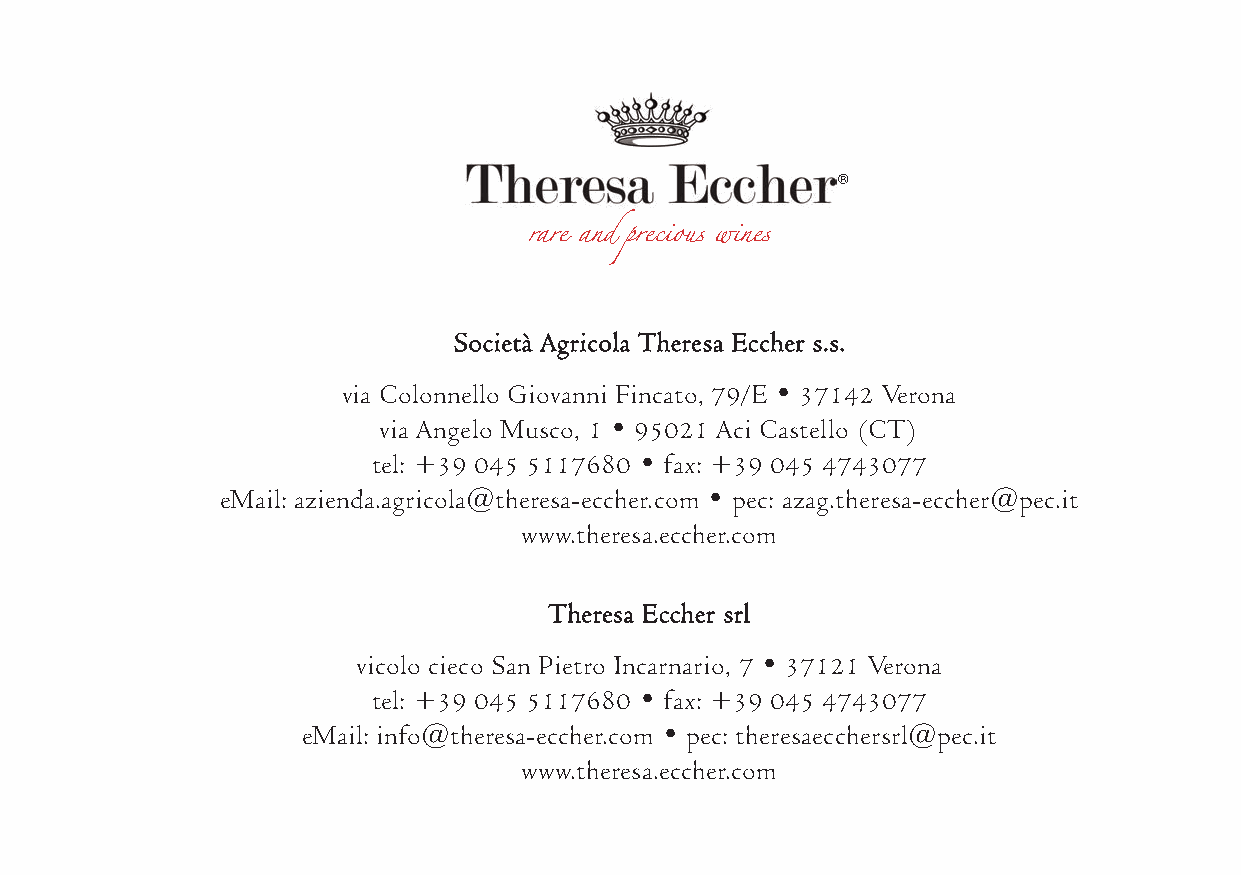
®
 rare and precious wines
 Società Agricola Theresa Eccher s.s.
 via Colonnello Giovanni Fincato, 79/E • 37142 Verona
 via Angelo Musco, 1 • 95021 Aci Castello (CT)
 tel: +39 045 5117680 • fax: +39 045 4743077
 eMail: azienda.agricola@theresa-eccher.com • pec: azag.theresa-eccher@pec.it
 www.theresa.eccher.com
 Theresa Eccher srl
 vicolo cieco San Pietro Incarnario, 7 • 37121 Verona
 tel: +39 045 5117680 • fax: +39 045 4743077
 eMail: info@theresa-eccher.com • pec: theresaecchersrl@pec.it
 www.theresa.eccher.com